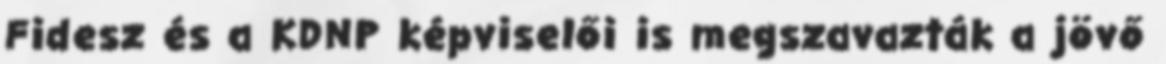
Fidesz és a KDNP képviselői is megszavazták a jövő